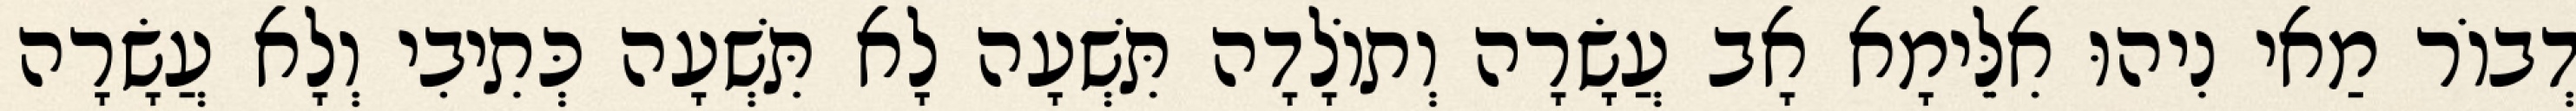
דְבוֹר מַאי נִיהוּ אִלֵּימָא אָב עֲשָׂרָה וְתוֹלָדָה תִּשְׁעָה לָא תִּשְׁעָה כְּתִיבִי וְלָא עֲשָׂרָה